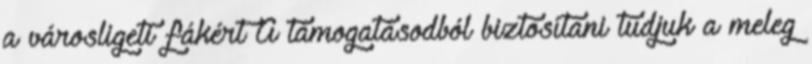
a városligeti fákért A támogatásodból biztosítani tudjuk a meleg